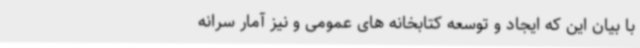
با بیان این که ایجاد و توسعه کتابخانه های عمومی و نیز آمار سرانه